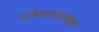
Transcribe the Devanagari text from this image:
शरीरशास्त्रांपैकी